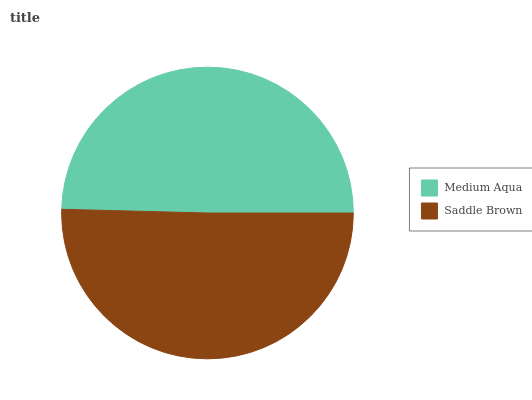
| Medium Aqua | Saddle Brown |
 | --- | --- |
 | 49.6% | 50.4% |